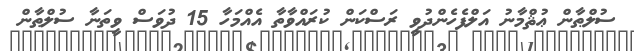
ސުލްޠާން ޢުޘްމާނު އަލްފެހެންދުވީ ރަސްކަން ކުރައްވާތާ އެއްމަހާ 15 ދުވަސް ވީތަނާ ސުލްޠާން